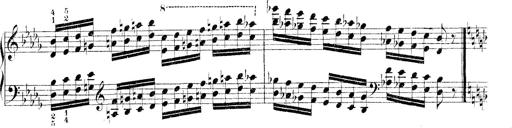
Title: Technische Studien
Composer: Franz Liszt